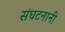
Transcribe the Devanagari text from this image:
संघटनानी